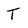
Character: T